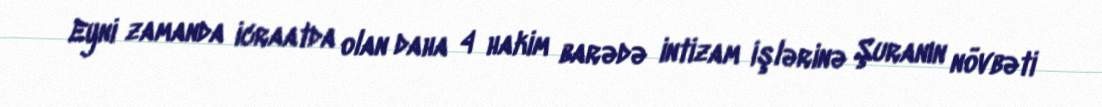
Eyni zamanda icraatda olan daha 4 hakim barədə intizam işlərinə Şuranın növbəti